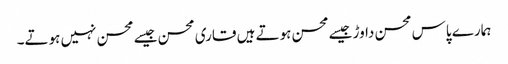
ہمارے پاس محسن داوڑ جیسے محسن ہوتے ہیں قاری محسن جیسے محسن نہیں ہوتے۔